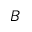
B